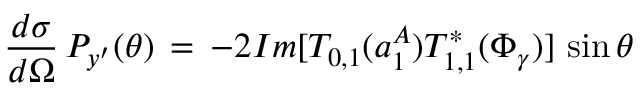
\frac { d \sigma } { d \Omega } \, P _ { y ^ { \prime } } ( \theta ) \, = \, - 2 I m [ T _ { 0 , 1 } ( a _ { 1 } ^ { A } ) T _ { 1 , 1 } ^ { * } ( \Phi _ { \gamma } ) ] \, \sin \theta